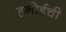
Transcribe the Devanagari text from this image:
हनोईची